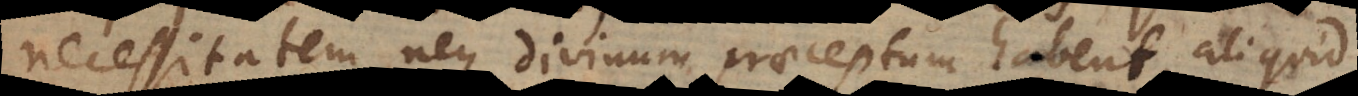
necessitatem neque divinum praeceptum habent, aliquid